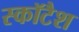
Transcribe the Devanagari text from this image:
स्कॉटैश